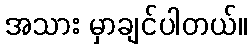
အသား မှာချင်ပါတယ်။